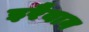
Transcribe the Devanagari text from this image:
इरैवान